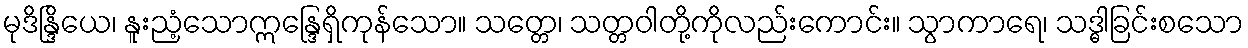
မုဒိန္ဒြိယေ၊ နူးညံ့သောဣန္ဒြေရှိကုန်သော။ သတ္တေ၊ သတ္တဝါတို့ကိုလည်းကောင်း။ သွာကာရေ၊ သဒ္ဓါခြင်းစသော